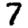
Digit: 7